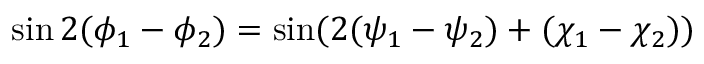
\sin 2 ( \phi _ { 1 } - \phi _ { 2 } ) = \sin ( 2 ( \psi _ { 1 } - \psi _ { 2 } ) + ( \chi _ { 1 } - \chi _ { 2 } ) )